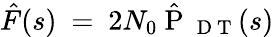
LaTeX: \hat{F}(s)\mathrm{~=~}2{{N}_{0}}\hat{\mathrm{~P~}}_{\mathrm{~D~T~}}(s)